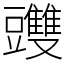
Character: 䝄